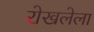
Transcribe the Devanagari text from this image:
रोखलेला